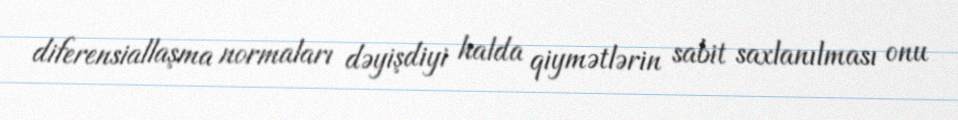
diferensiallaşma normaları dəyişdiyi halda qiymətlərin sabit saxlanılması onu